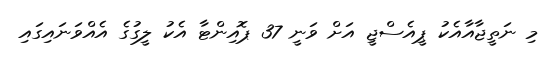
މި ނަތީޖާއާއެކު ޕީއެސްޖީ އަށް ވަނީ 37 ޕޮއިންޓާ އެކު ލީގުގެ އެއްވަނައިގައި